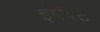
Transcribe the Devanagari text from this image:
इंपॅक्ट